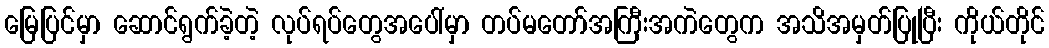
မြေပြင်မှာ ဆောင်ရွက်ခဲ့တဲ့ လုပ်ရပ်တွေအပေါ်မှာ တပ်မတော်အကြီးအကဲတွေက အသိအမှတ်ပြုပြီး ကိုယ်တိုင်